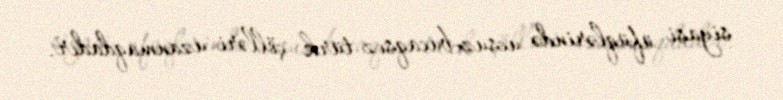
siyasi üfüqlərində ucsuz-bucaqsız türk çölləri uzanmaqdadır.